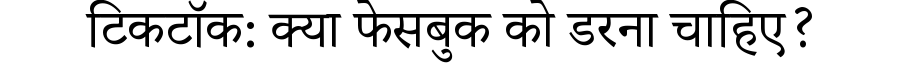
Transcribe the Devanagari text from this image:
टिकटॉक: क्या फेसबुक को डरना चाहिए?